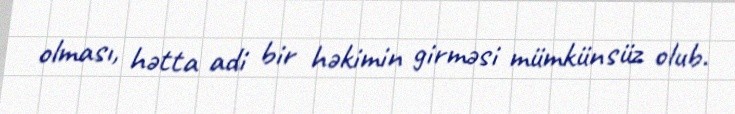
olması, hətta adi bir həkimin girməsi mümkünsüz olub.